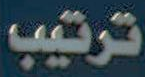
ترتيب